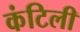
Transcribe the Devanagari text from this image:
कंटिली